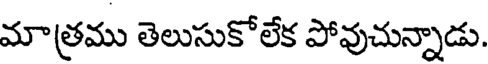
మాత్రము తెలుసుకోలేక పోవుచున్నాడు.